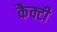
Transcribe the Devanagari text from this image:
कैक्टी